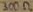
Text: 300Ω